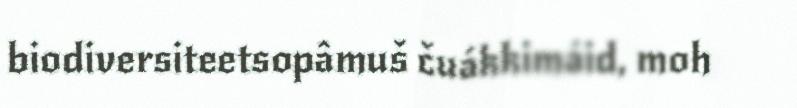
biodiversiteetsopâmuš čuákkimáid, moh